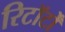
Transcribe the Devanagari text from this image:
रिटॉर्टों